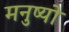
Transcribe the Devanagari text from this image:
मनुष्‍यो